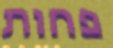
פחות